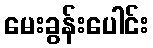
မေးခွန်းပေါင်း